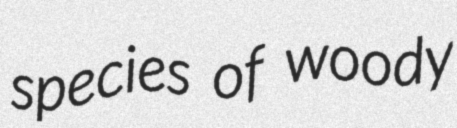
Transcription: species of woody